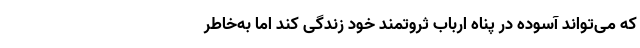
که می‌تواند آسوده در پناه ارباب ثروتمند خود زندگی کند اما به‌خاطر